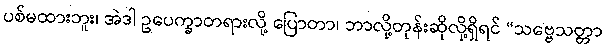
ပစ်မထားဘူး၊ အဲဒါ ဥပေက္ခာတရားလို့ ပြောတာ၊ ဘာလို့တုန်းဆိုလို့ရှိရင် “သဗ္ဗေသတ္တာ